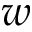
w